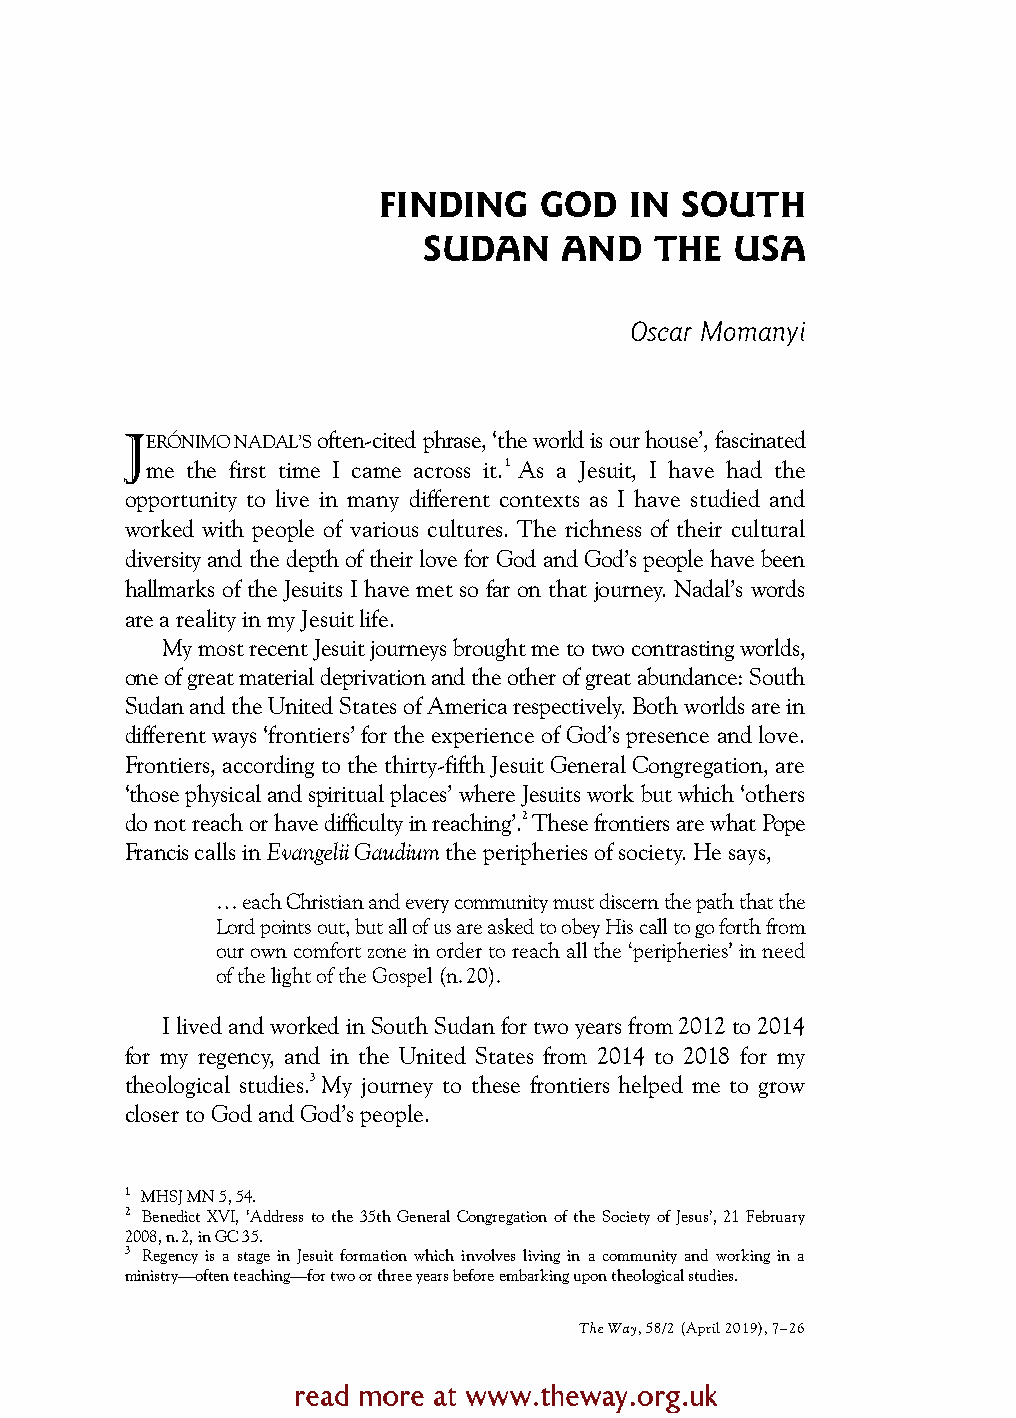
FINDING    GOD   IN SOUTH
 SUDAN    AND   THE   USA
 Oscar Momanyi
 JE RÓNIMO NADAL’S often-cited phrase, ‘the world is our house’, fascinated
 me the first time I came across it.1 As a Jesuit, I have had the
 opportunity to live in many different contexts as I have studied and
 worked with people of various cultures. The richness of their cultural
 diversity and the depth of their love for God and God’s people have been
 hallmarks of the Jesuits I have met so far on that journey. Nadal’s words
 are a reality in my Jesuit life.
 My most recent Jesuit journeys brought me to twocontrasting worlds,
 one of great material deprivation and the other of great abundance: South
 Sudan and theUnited States of America respectively. Both worlds are in
 different ways ‘frontiers’ for the experience of God’s presence and love.
 Frontiers, according to the thirty-fifth Jesuit General Congregation, are
 ‘those physical and spiritual places’ where Jesuits work but which ‘others
 do not reach or have difficulty in reaching’.2 These frontiers are what Pope
 Francis calls in Evangelii Gaudium the peripheries of society. He says,
 … each Christian and every community must discern the path that the
 Lord points out, but all of us are asked to obey His call to go forth from
 our own comfort zone in order to reach all the ‘peripheries’ in need
 of the light of the Gospel (n.20).
 I lived and worked in South Sudan for two years from 2012 to 2014
 for my regency, and in the United States from 2014 to 2018 for my
 theological studies.3 My journey to these frontiers helped me to grow
 closer to God and God’s people.
 1 MHSJ MN 5, 54.
 2 Benedict XVI, ‘Address to the 35th General Congregation of the Society of Jesus’, 21 February
 2008, n.2, in GC 35.
 3 Regency is a stage in Jesuit formation which involves living in a community and working in a
 ministry—often teaching—for two or three years before embarking upon theological studies.
 The Way, 58/2 (April 2019), 7–26